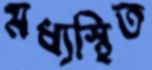
মধ্যস্থিত